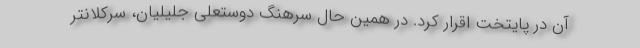
آن در پایتخت اقرار کرد. در همین حال سرهنگ دوستعلی جلیلیان، سرکلانتر